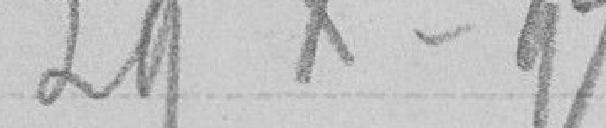
29 Xbre 97